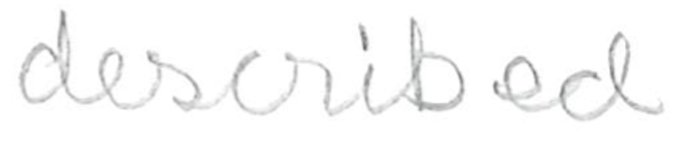
Text: described
Cross-out: clean
Writing tool: pencil